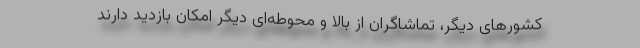
کشورهای دیگر، تماشاگران از بالا و محوطه‌ای دیگر امکان بازدید دارند